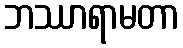
ဘဿာရာမတာ